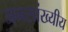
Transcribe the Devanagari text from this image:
जनसांख्यीय